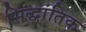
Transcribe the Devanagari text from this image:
सिद्धांतिक